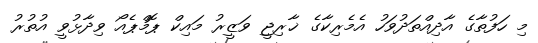
މި ހަފުތާގެ އާދިއްތަދުވަހު އެމެރިކާގެ ޚާރިޖީ ވަޒީރު މައިކް ޕޮމްޕެއޯ ވިދާޅުވީ އުތުރު